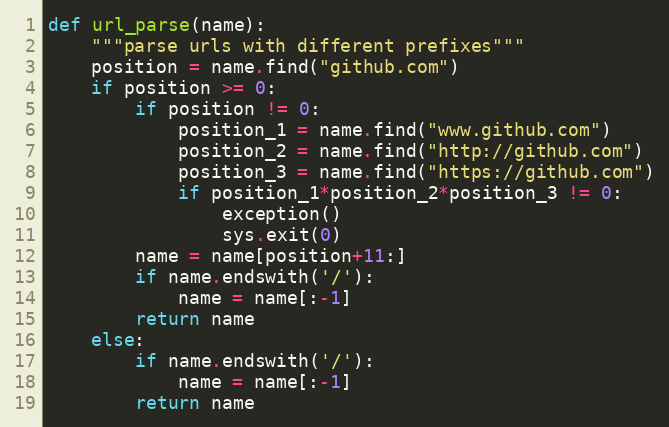
Language: Python
def url_parse(name):
    """parse urls with different prefixes"""
    position = name.find("github.com")
    if position >= 0:
        if position != 0:
            position_1 = name.find("www.github.com")
            position_2 = name.find("http://github.com")
            position_3 = name.find("https://github.com")
            if position_1*position_2*position_3 != 0:
                exception()
                sys.exit(0)
        name = name[position+11:]
        if name.endswith('/'):
            name = name[:-1]
        return name
    else:
        if name.endswith('/'):
            name = name[:-1]
        return name